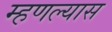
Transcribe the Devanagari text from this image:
म्हणल्यास